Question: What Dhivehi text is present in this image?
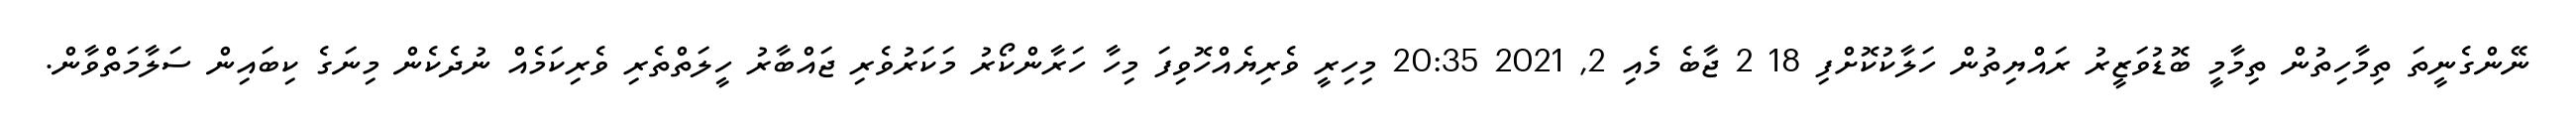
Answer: ނޭންގެނީތަ ތިމާހިތުން ތިމާމީ ބޮޑުވަޒީރު ރައްޔިތުން ހަލާކުކޮށްފި 18 2 ޖާބެ މެއި 2, 2021 20:35 މިހިރީ ވެރިޔެއްހޮވިފަ މިހާ ހަރާންކޯރު މަކަރުވެރި ޖައްބާރު ހީލަތްތެރި ވެރިކަމެއް ނުދެކެން މިނަގެ ކިބައިން ސަލާމަތްވާން.